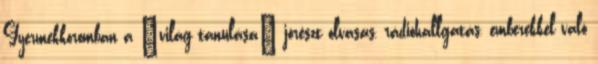
Gyermekkoromban a „világ tanulása” jórészt olvasás, rádióhallgatás, emberekkel való